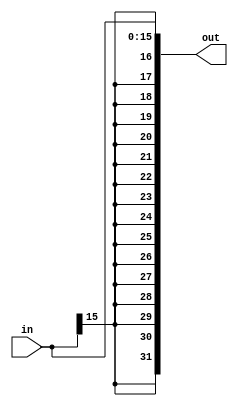
`timescale 1ns / 1ps
//////////////////////////////////////////////////////////////////////////////////
// Company: 
// Engineer: 
// 
// Design Name: 
// Module Name: signExtend
// Project Name: 
// Target Devices: 
// Tool Versions: 
// Description: 
// 
// Dependencies: 
// 
// Revision:
// Revision 0.01 - File Created
// Additional Comments:
// 
//////////////////////////////////////////////////////////////////////////////////


module signExtend(in, out);
input [15:0] in;
output [31:0] out;
assign out = {{16{in[15]}}, in[15:0]};

endmodule